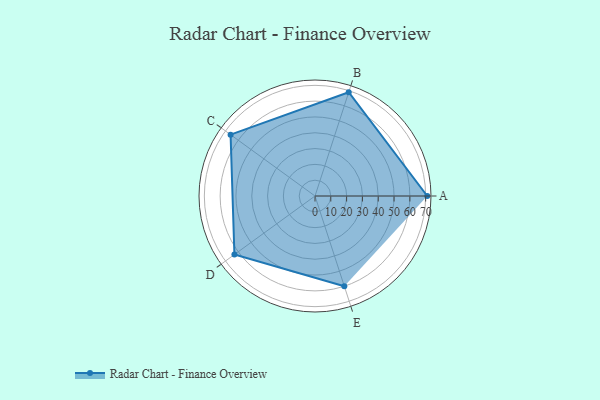
{"axis": {"x": "Skill", "y": "Score"}, "legend": ["Profile"], "data": [{"x": "A", "y": 71.0, "type": "Profile"}, {"x": "B", "y": 69.0, "type": "Profile"}, {"x": "C", "y": 66.0, "type": "Profile"}, {"x": "D", "y": 63.0, "type": "Profile"}, {"x": "E", "y": 60.0, "type": "Profile"}]}